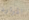
الموارد